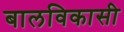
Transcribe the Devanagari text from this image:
बालविकासी